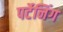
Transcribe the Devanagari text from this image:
पर्टेनिंग